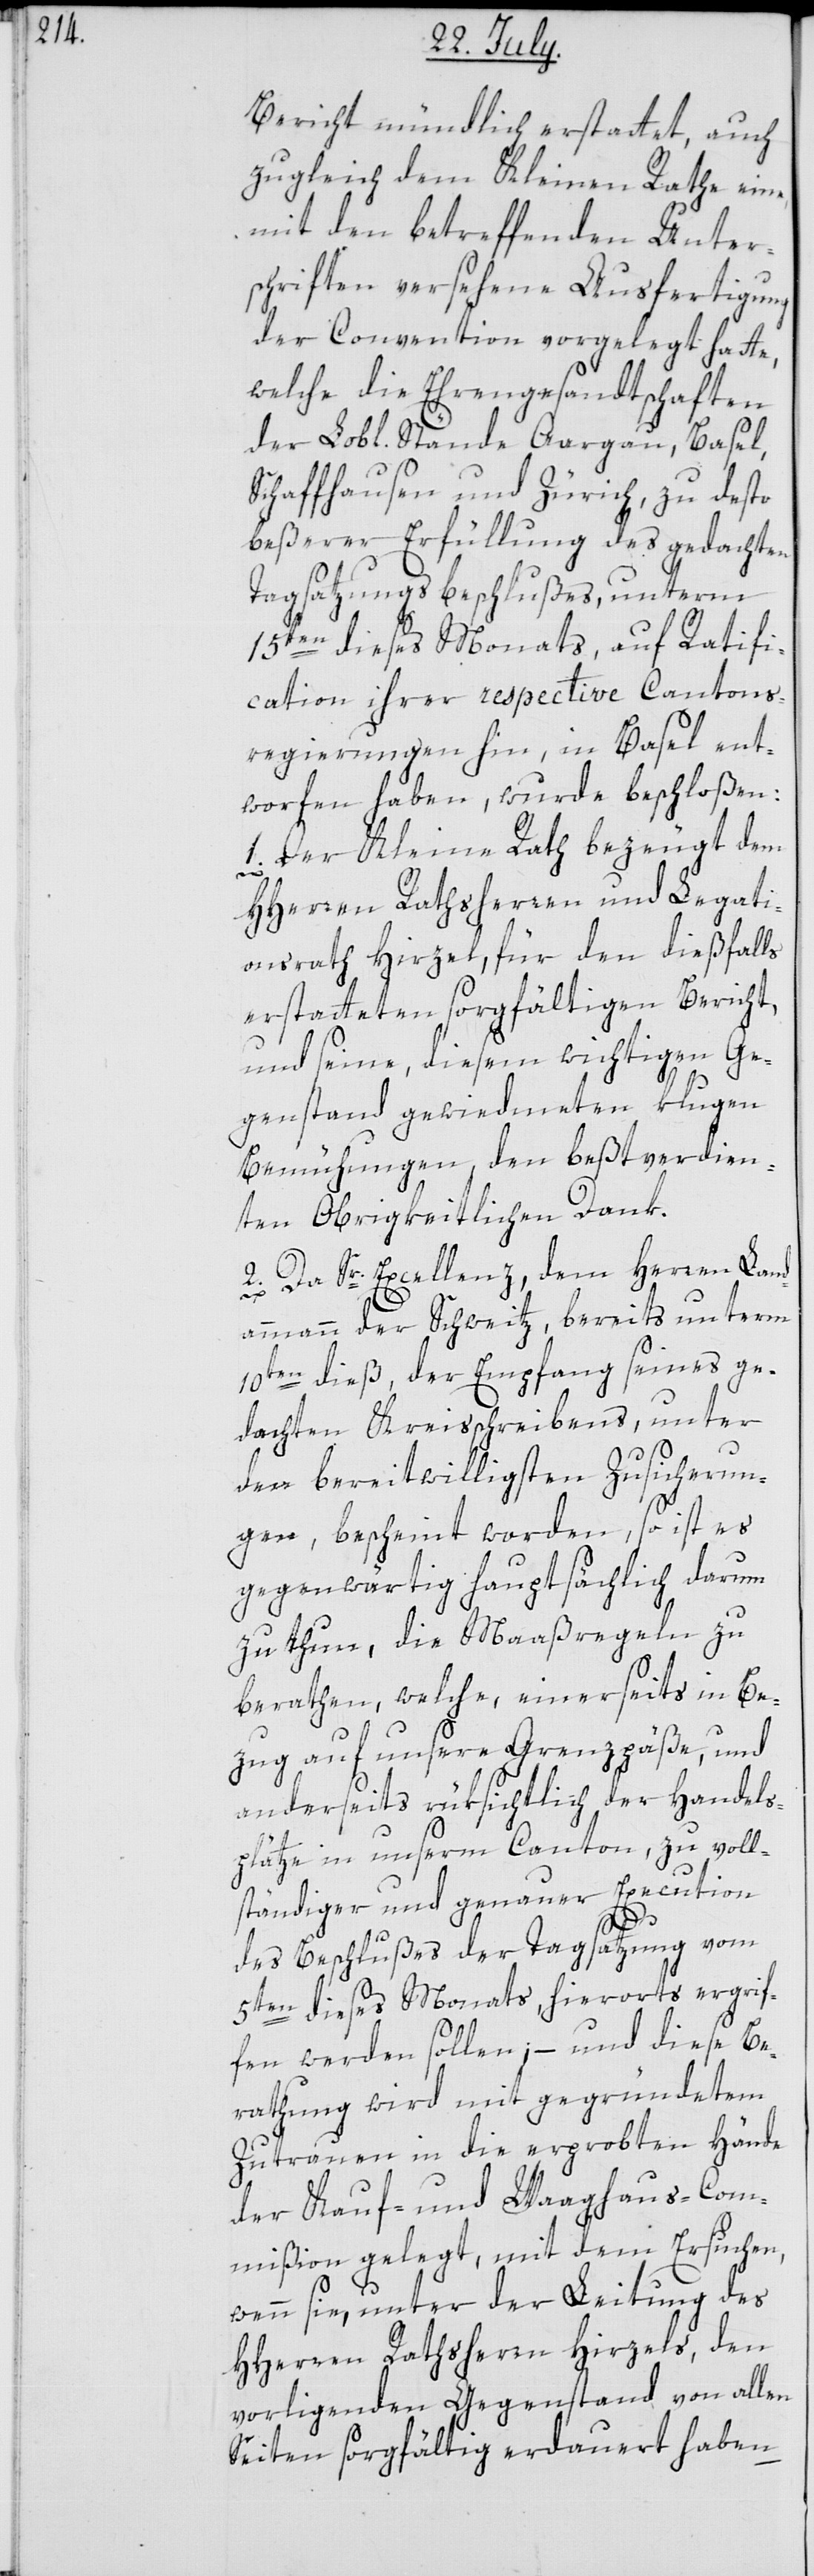
Bericht mündlich erstattet, auch
zugleich dem Kleinen Rathe eine
mit den betreffenden Unter¬
schriften versehene Ausfertigung
der Convention vorgelegt hatte,
welche die Ehrengesandtschaften
der Lobl. Stände Aargau, Basel,
Schaffhausen und Zürich, zu desto
beßerer Erfüllung des gedachten
Tagsatzungsbeschlußes, unterm
15ten dieses Monats, auf Ratifi¬
cation ihrer respective Cantons¬
regierungen hin, in Basel ent¬
worfen haben, wurde beschloßen:
1. Der Kleine Rath bezeugt dem
HHerren Rathsherren und Legati¬
onsrath Hirzel, für den dießfalls
erstatteten sorgfältigen Bericht,
und seine, diesem wichtigen Ge¬
genstand gewiedmeten klugen
Bemühungen, den beßtverdien¬
ten Obrigkeitlichen Dank.
Da Sr. Excellenz, dem Herren Land¬
2.
ammann der Schweitz, bereits unterm
10ten dieß, der Empfang seines ge¬
dachten Kreisschreibens, unter
den bereitwilligsten Zusicherun¬
gen, bescheint worden, so ist es
gegenwärtig hauptsächlich darum
zu thun, die Maaßregeln zu
berathen, welche, einerseits in Be¬
zug auf unsere Grenzpäße, und
anderseits rüksichtlich der Handels¬
plätze in unserm Canton, zu voll¬
ständiger und genauer Execution
des Beschlußes der Tagsatzung vom
5ten dieses Monats, hierorts ergrif¬
fen werden sollen; – und diese Be¬
rathung wird mit gegründetem
Zutrauen in die erprobten Hände
der Kauf- und Waaghaus-Com¬
mißion gelegt, mit dem Ersuchen,
wenn sie, unter der Leitung des
HHerren Rathsherrn Hirzels, den
vorligenden Gegenstand von allen
Seiten sorgfältig erdauert haben